Report on lock hospitals in British Burma
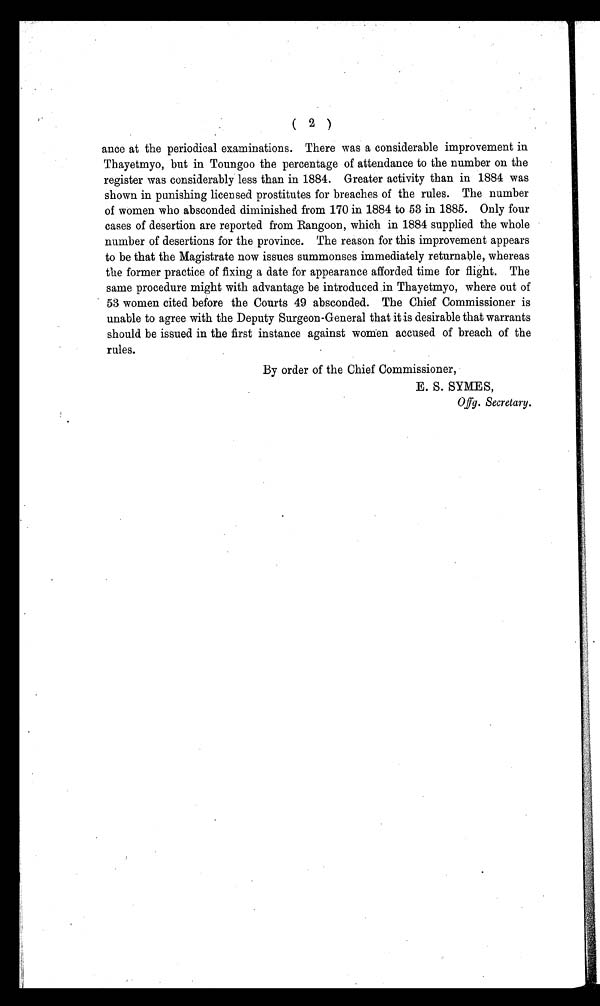
(2)
ance at the periodical examinations. There was a considerable improvement in
Thayetmyo, but in Toungoo the percentage of attendance to the number on the
register was considerably less than in 1884. Greater activity than in 1884 was
shown in punishing licensed prostitutes for breaches of the rules. The number
of women who absconded diminished from 170 in 1884 to 53 in 1885. Only four
cases of desertion are reported from Rangoon, which in 1884 supplied the whole
number of desertions for the province. The reason for this improvement appears
to be that the Magistrate now issues summonses immediately returnable, whereas
the former practice of fixing a date for appearance afforded time for flight. The
same procedure might with advantage be introduced in Thayetmyo, where out of
53 women cited before the Courts 49 absconded. The Chief Commissioner is
unable to agree with the Deputy Surgeon-General that it is desirable that warrants
should be issued in the first instance against women accused of breach of the
rules.
By order of the Chief Commissioner,
E. S. SYMES,
Offg. Secretary.